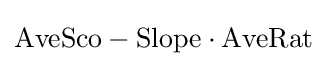
{\mbox{AveSco}}-{\mbox{Slope}}\cdot {\mbox{AveRat}}